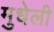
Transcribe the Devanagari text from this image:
मुधेली